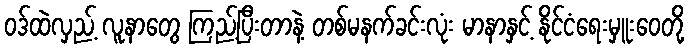
ဝဒ်ထဲလှည့် လူနာတွေ ကြည့်ပြီးတာနဲ့ တစ်မနက်ခင်းလုံး မာနာနှင့် နိုင်ငံရေးမှူးဝေတို့